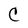
Character: C